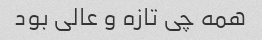
همه چی تازه و عالی بود